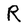
Character: R